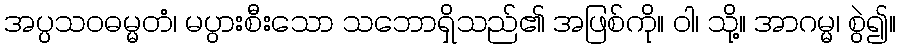
အပ္ပသဝဓမ္မတံ၊ မပွားစီးသော သဘောရှိသည်၏ အဖြစ်ကို။ ဝါ၊ သို့။ အာဂမ္မ၊ စွဲ၍။